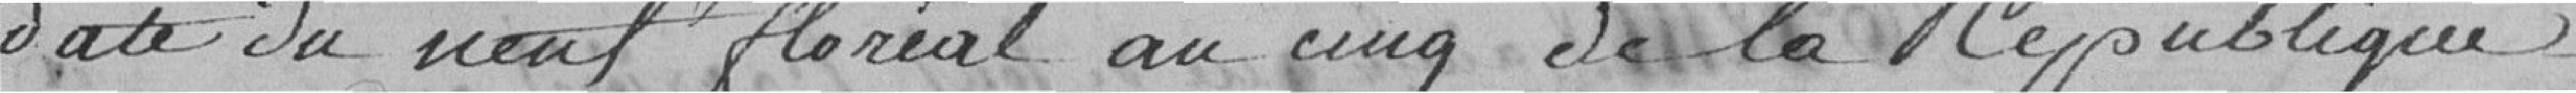
date du neuf floréal an cinq de la République